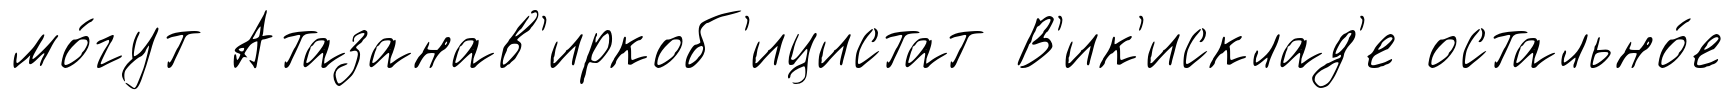
мо́гут Атазанав'иркоб'ицистат В'ик'исклад'е остально́е